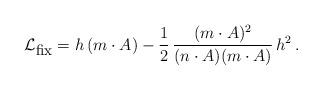
LaTeX: \begin{align*}{\cal L}_{\mbox {\small {fix}}} = h\,(m\cdot A)-\frac {1}{2}\,\frac{(m\cdot A)^2}{(n\cdot A)(m\cdot A)}\,h^2\,.\end{align*}